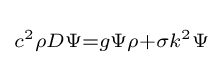
\scriptstyle c^{2}\rho D\Psi =g\Psi \rho +\sigma k^{2}\Psi